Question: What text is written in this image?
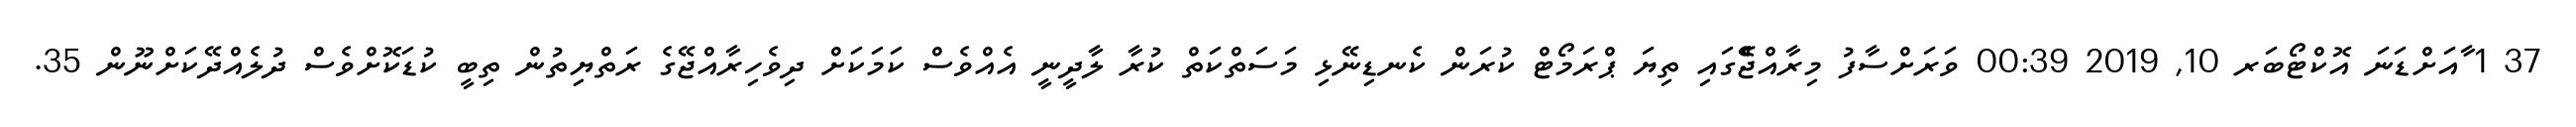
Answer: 37 1 ާއަށްޑަނަ އޮކްޓޯބަރ 10, 2019 00:39 ވަރަށްސާފު މިރާއްޖެެޭގައި ތިޔަ ޕްރަމޯޓް ކުރަން ކެނޑިނޭޅި މަސަތްކަތް ކުރާ ލާދީނީ އެއްވެސް ކަމަކަށް ދިވެހިރާއްޖޭގެ ރަތްޔިތުން ތިބީ ކުޑަކޮށްވެސް ދުލެއްދޭކަށްނޫން 35.